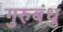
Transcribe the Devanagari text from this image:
गुरुबंधु